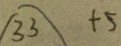
3 3 + 5